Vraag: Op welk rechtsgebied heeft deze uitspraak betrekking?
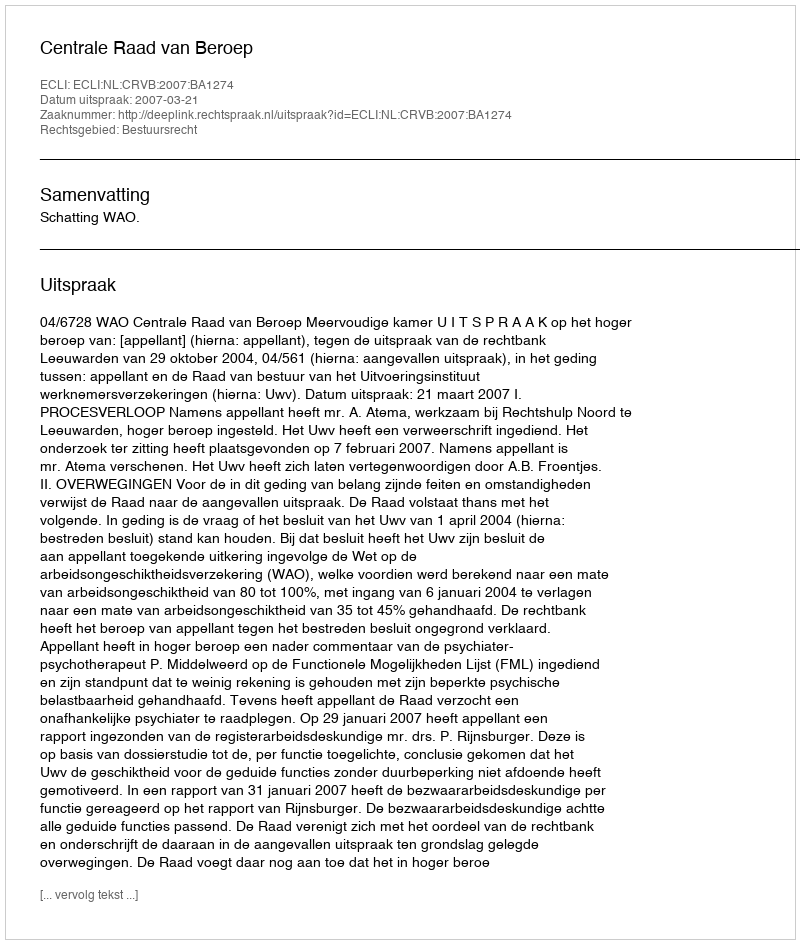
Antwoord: Bestuursrecht